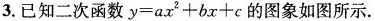
3.已知二次函数y=ax2+bx+c的图象如图所示。